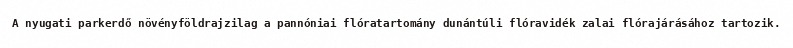
A nyugati parkerdő növényföldrajzilag a pannóniai flóratartomány dunántúli flóravidék zalai flórajárásához tartozik.